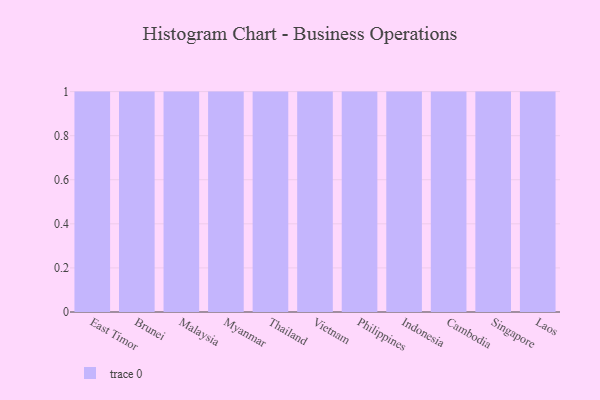
{"axis": {"x": "Country", "y": "Revenue (USD Million)"}, "legend": [""], "data": [{"x": "East Timor", "y": 94, "type": ""}, {"x": "Brunei", "y": 84, "type": ""}, {"x": "Malaysia", "y": 42, "type": ""}, {"x": "Myanmar", "y": 10, "type": ""}, {"x": "Thailand", "y": 82, "type": ""}, {"x": "Vietnam", "y": 91, "type": ""}, {"x": "Philippines", "y": 89, "type": ""}, {"x": "Indonesia", "y": 67, "type": ""}, {"x": "Cambodia", "y": 30, "type": ""}, {"x": "Singapore", "y": 42, "type": ""}, {"x": "Laos", "y": 21, "type": ""}]}